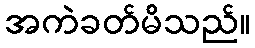
အကဲခတ်မိသည်။